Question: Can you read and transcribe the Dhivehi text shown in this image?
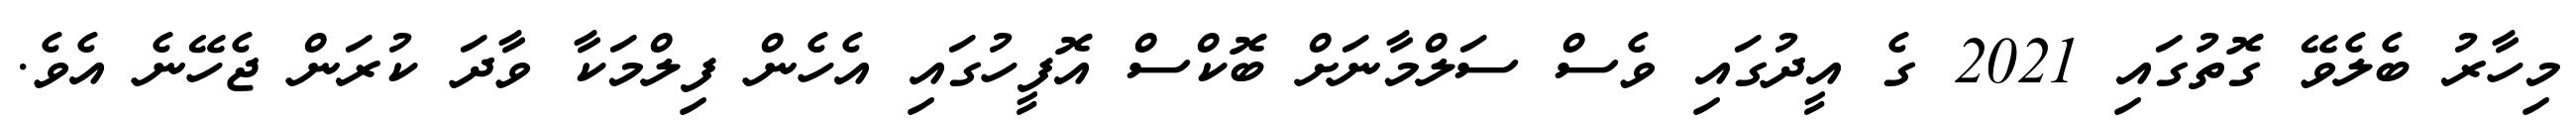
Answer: މިހާރު ބެލެވޭ ގޮތުގައި 2021 ގެ އީދުގައި ވެސް ސަލްމާނަށް ބޮކްސް އޮފީހުގައި އެހެން ފިލްމަކާ ވާދަ ކުރަން ޖެހޭނެ އެވެ.